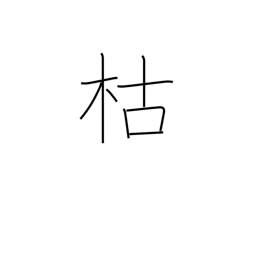
Meaning: die